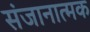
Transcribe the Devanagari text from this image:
संजानात्मक